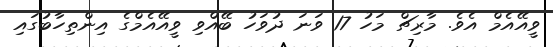
ވީއޭއެމް އެވެ. މާރިޗް މަހު 17 ވަނަ ދުވަހު ބޭއްވި ވީއޭއެމްގެ އިންތިހާބުގައި